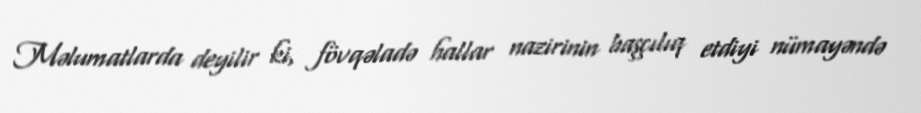
Məlumatlarda deyilir ki, fövqəladə hallar nazirinin başçılıq etdiyi nümayəndə